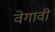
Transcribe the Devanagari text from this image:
वेगावी